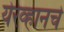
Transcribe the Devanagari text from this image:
येरेव्हानचे